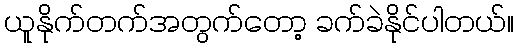
ယူနိုက်တက်အတွက်တော့ ခက်ခဲနိုင်ပါတယ်။